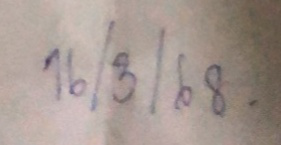
16/3/68